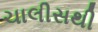
ચાલીસથી